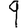
Digit: 9